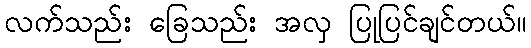
လက်သည်း ခြေသည်း အလှ ပြုပြင်ချင်တယ်။